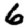
Digit: 6